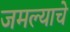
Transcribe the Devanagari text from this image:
जमल्याचे